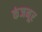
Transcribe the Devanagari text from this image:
कंजनूर